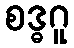
စဒ္ဓဂူ